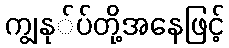
ကျွနု်ပ်တို့အနေဖြင့်